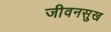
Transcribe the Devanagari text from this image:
जीवनसुख